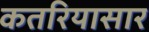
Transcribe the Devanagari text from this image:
कतरियासार